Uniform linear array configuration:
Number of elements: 64
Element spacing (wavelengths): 0.25
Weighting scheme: binomial
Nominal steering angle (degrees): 45
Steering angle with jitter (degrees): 46.493
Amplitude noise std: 0.05
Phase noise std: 0.05

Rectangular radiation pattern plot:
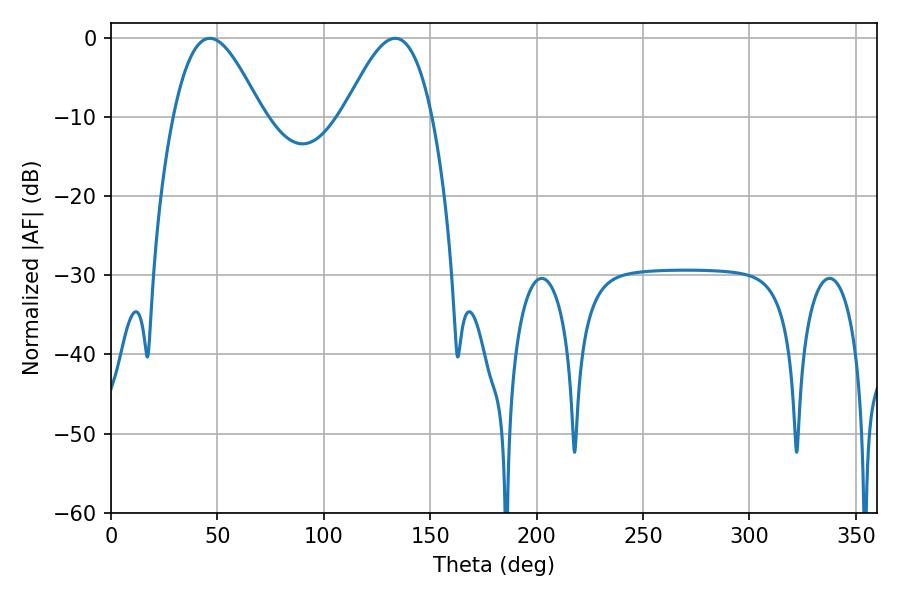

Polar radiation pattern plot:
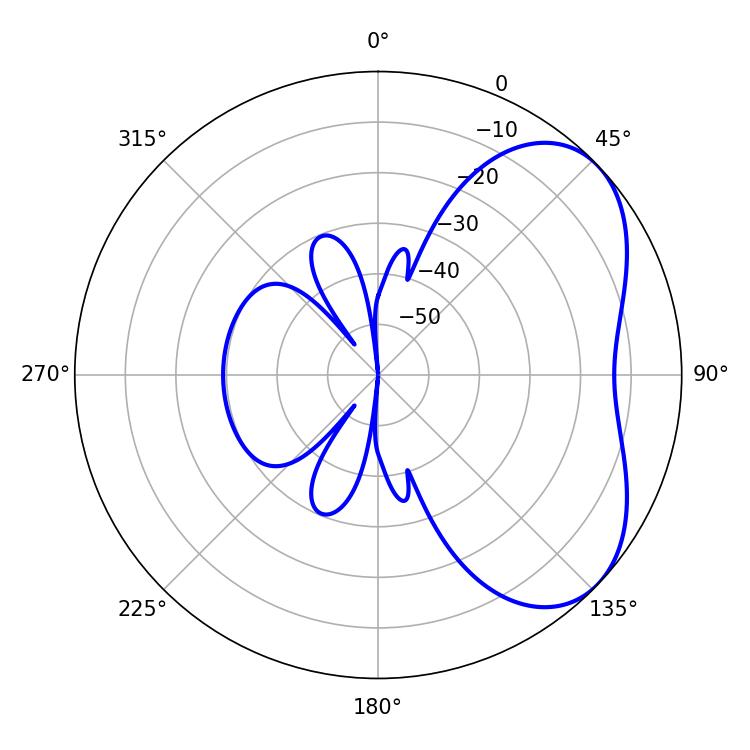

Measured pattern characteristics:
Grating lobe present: FALSE
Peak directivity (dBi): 4.822
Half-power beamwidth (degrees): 22.32
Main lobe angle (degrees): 46.44